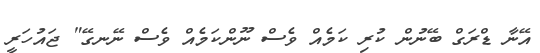
އޭނާ ޑްރަގް ބޭނުން ކުރި ކަމެއް ވެސް ނޫންކަމެއް ވެސް ނޭނގޭ" ޖައުހަރީ